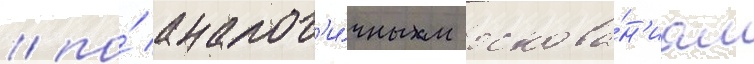
/ по́ аналог'и́чным основа́н'иам